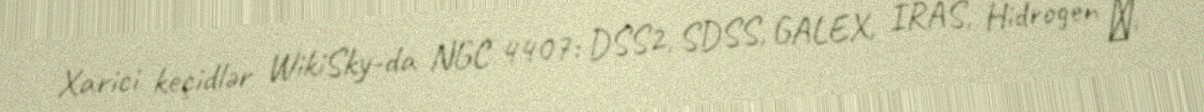
Xarici keçidlər WikiSky-da NGC 4407: DSS2, SDSS, GALEX, IRAS, Hidrogen α,